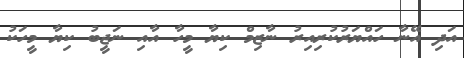
އަދި އޭނާ ހައްޔަރުކުރިއިރު ނާޒިމް ކިޔާ މީހާ އާއި ނަޖީބު ކިޔާ މީހަކު